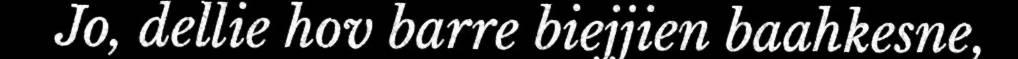
Jo, dellie hov barre biejjien baahkesne,